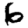
Digit: 6